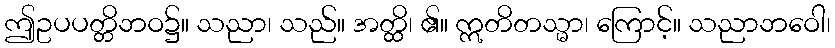
ဤဥပပတ္တိဘဝ၌။ သညာ၊ သည်။ အတ္ထိ၊ ၏။ ဣတိတသ္မာ၊ ကြောင့်။ သညာဘဝေါ၊